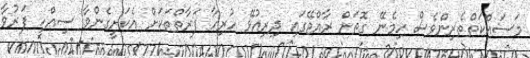
މަސައްކަތްތެރިންވެސް ހިމެނޭ ގޮތަށް ރާއްޖޭގައި ދިރިއުޅޭ ހުރިހާ ފަރާތްތަކަށް އެކަށީގެންވާ ސިއްހީ ފަރުވާ